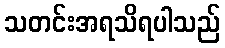
သတင်းအရသိရပါသည်